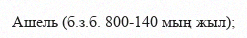
Ашель (б.з.б. 800-140 мың жыл);